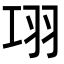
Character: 𦏼